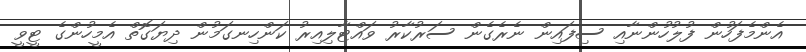
އެންމެފަހުން ފުލުހުންނާއި ސިފައިން ނެރެގެން ސަރުކާރު ވައްޓާލިއިރު ކަންހިނގަމުން ދިޔަގޮތް އެމީހުންގެ ޓީވީ